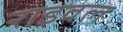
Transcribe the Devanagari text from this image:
राइवल